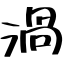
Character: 渦